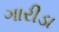
ગારીડા